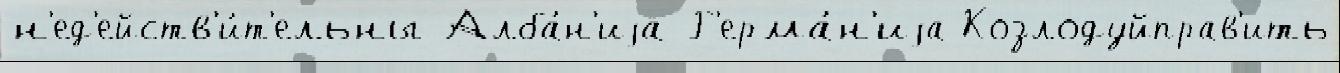
н'ед'ейств'и́т'ельны Алба́н'иjа Г'ерма́н'иjа Козлодуйправ'ить